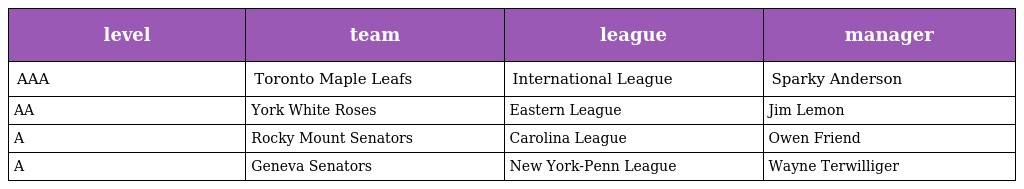
| level | team | league | manager |
 | --- | --- | --- | --- |
 | AAA | Toronto Maple Leafs | International League | Sparky Anderson |
 | AA | York White Roses | Eastern League | Jim Lemon |
 | A | Rocky Mount Senators | Carolina League | Owen Friend |
 | A | Geneva Senators | New York-Penn League | Wayne Terwilliger |